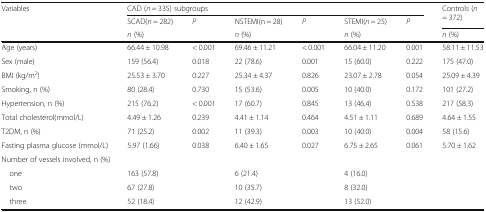
| <ROWSPAN=3> Variables | <COLSPAN=6> CAD (n = 335) subgroups | <ROWSPAN=2> Controls (n = 372) |
 | SCAD(n = 282) | <ROWSPAN=2> P | NSTEMI(n = 28) | <ROWSPAN=2> P | STEMI(n = 25) | <ROWSPAN=2> P |
 | n (%) | n (%) | n (%) | n (%) |
 | --- | --- | --- | --- | --- | --- | --- | --- |
 | Age (years) | 66.44 ± 10.98 | < 0.001 | 69.46 ± 11.21 | < 0.001 | 66.04 ± 11.20 | 0.001 | 58.11 ± 11.53 |
 | Sex (male) | 159 (56.4) | 0.018 | 22 (78.6) | 0.001 | 15 (60.0) | 0.222 | 175 (47.0) |
 | BMI (kg/m2) | 25.53 ± 3.70 | 0.227 | 25.34 ± 4.37 | 0.826 | 23.07 ± 2.78 | 0.054 | 25.09 ± 4.39 |
 | Smoking, n (%) | 80 (28.4) | 0.730 | 15 (53.6) | 0.005 | 10 (40.0) | 0.172 | 101 (27.2) |
 | Hypertension, n (%) | 215 (76.2) | < 0.001 | 17 (60.7) | 0.845 | 13 (46.4) | 0.538 | 217 (58.3) |
 | Total cholesterol(mmol/L) | 4.49 ± 1.26 | 0.239 | 4.41 ± 1.14 | 0.464 | 4.51 ± 1.11 | 0.689 | 4.64 ± 1.55 |
 | T2DM, n (%) | 71 (25.2) | 0.002 | 11 (39.3) | 0.003 | 10 (40.0) | 0.004 | 58 (15.6) |
 | Fasting plasma glucose (mmol/L) | 5.97 (1.66) | 0.038 | 6.40 ± 1.65 | 0.027 | 6.75 ± 2.65 | 0.061 | 5.70 ± 1.62 |
 | <COLSPAN=8> Number of vessels involved, n (%) |
 | one | 163 (57.8) |  | 6 (21.4) |  | 4 (16.0) |  |  |
 | two | 67 (27.8) |  | 10 (35.7) |  | 8 (32.0) |  |  |
 | three | 52 (18.4) |  | 12 (42.9) |  | 13 (52.0) |  |  |